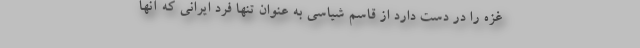
غزه را در دست دارد از قاسم شیاسی به عنوان تنها فرد ایرانی که آنها